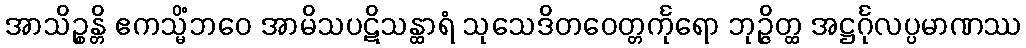
အာသိဉ္စန္တိ ဧကသ္မိံဘဝေ အာမိသပဋိသန္ထာရံ သုသေဒိတဝေတ္တင်္ကုရော ဘုဉ္ဇိတ္ထ အဋ္ဌင်္ဂုလပ္ပမာဏဿ